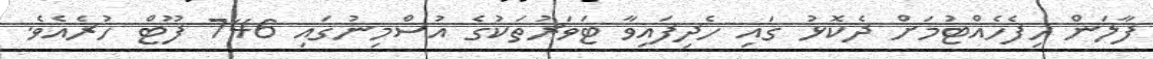
ފާލަން ހިފެހެއްޓުމަށް ދެކޮޅު ގައި ހެދިފައިވާ ޓަވަރުތަކުގެ އުސްމިނުގައި 746 ފޫޓް ހުރެއެވެ.